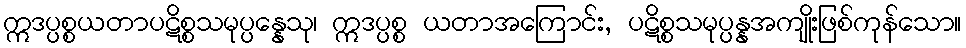
ဣဒပ္ပစ္စယတာပဋိစ္စသမုပ္ပန္နေသု၊ ဣဒပ္ပစ္စ ယတာအကြောင်း, ပဋိစ္စသမုပ္ပန္နအကျိုးဖြစ်ကုန်သော။